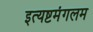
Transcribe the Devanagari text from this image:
इत्यष्टमंगलम